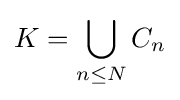
K=\bigcup _{n\leq N}C_{n}